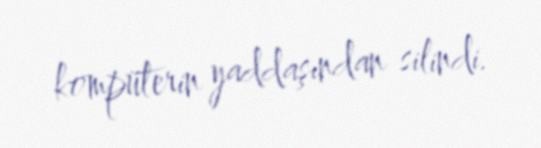
kompüterin yaddaşından silindi.